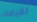
لقيامك